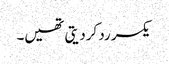
یکسر رد کردیتی تھیں۔